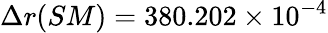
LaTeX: \Delta r(SM)=380.202\times 10^{-4}